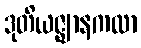
ဒုတိယဇ္ဈာနကထာ